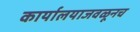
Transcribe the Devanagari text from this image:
कार्यालयाजवळूनच